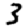
Digit: 3